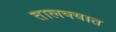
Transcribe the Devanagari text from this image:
तालक्यात